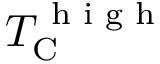
T _ { \mathrm C } ^ { \textnormal { h i g h } }